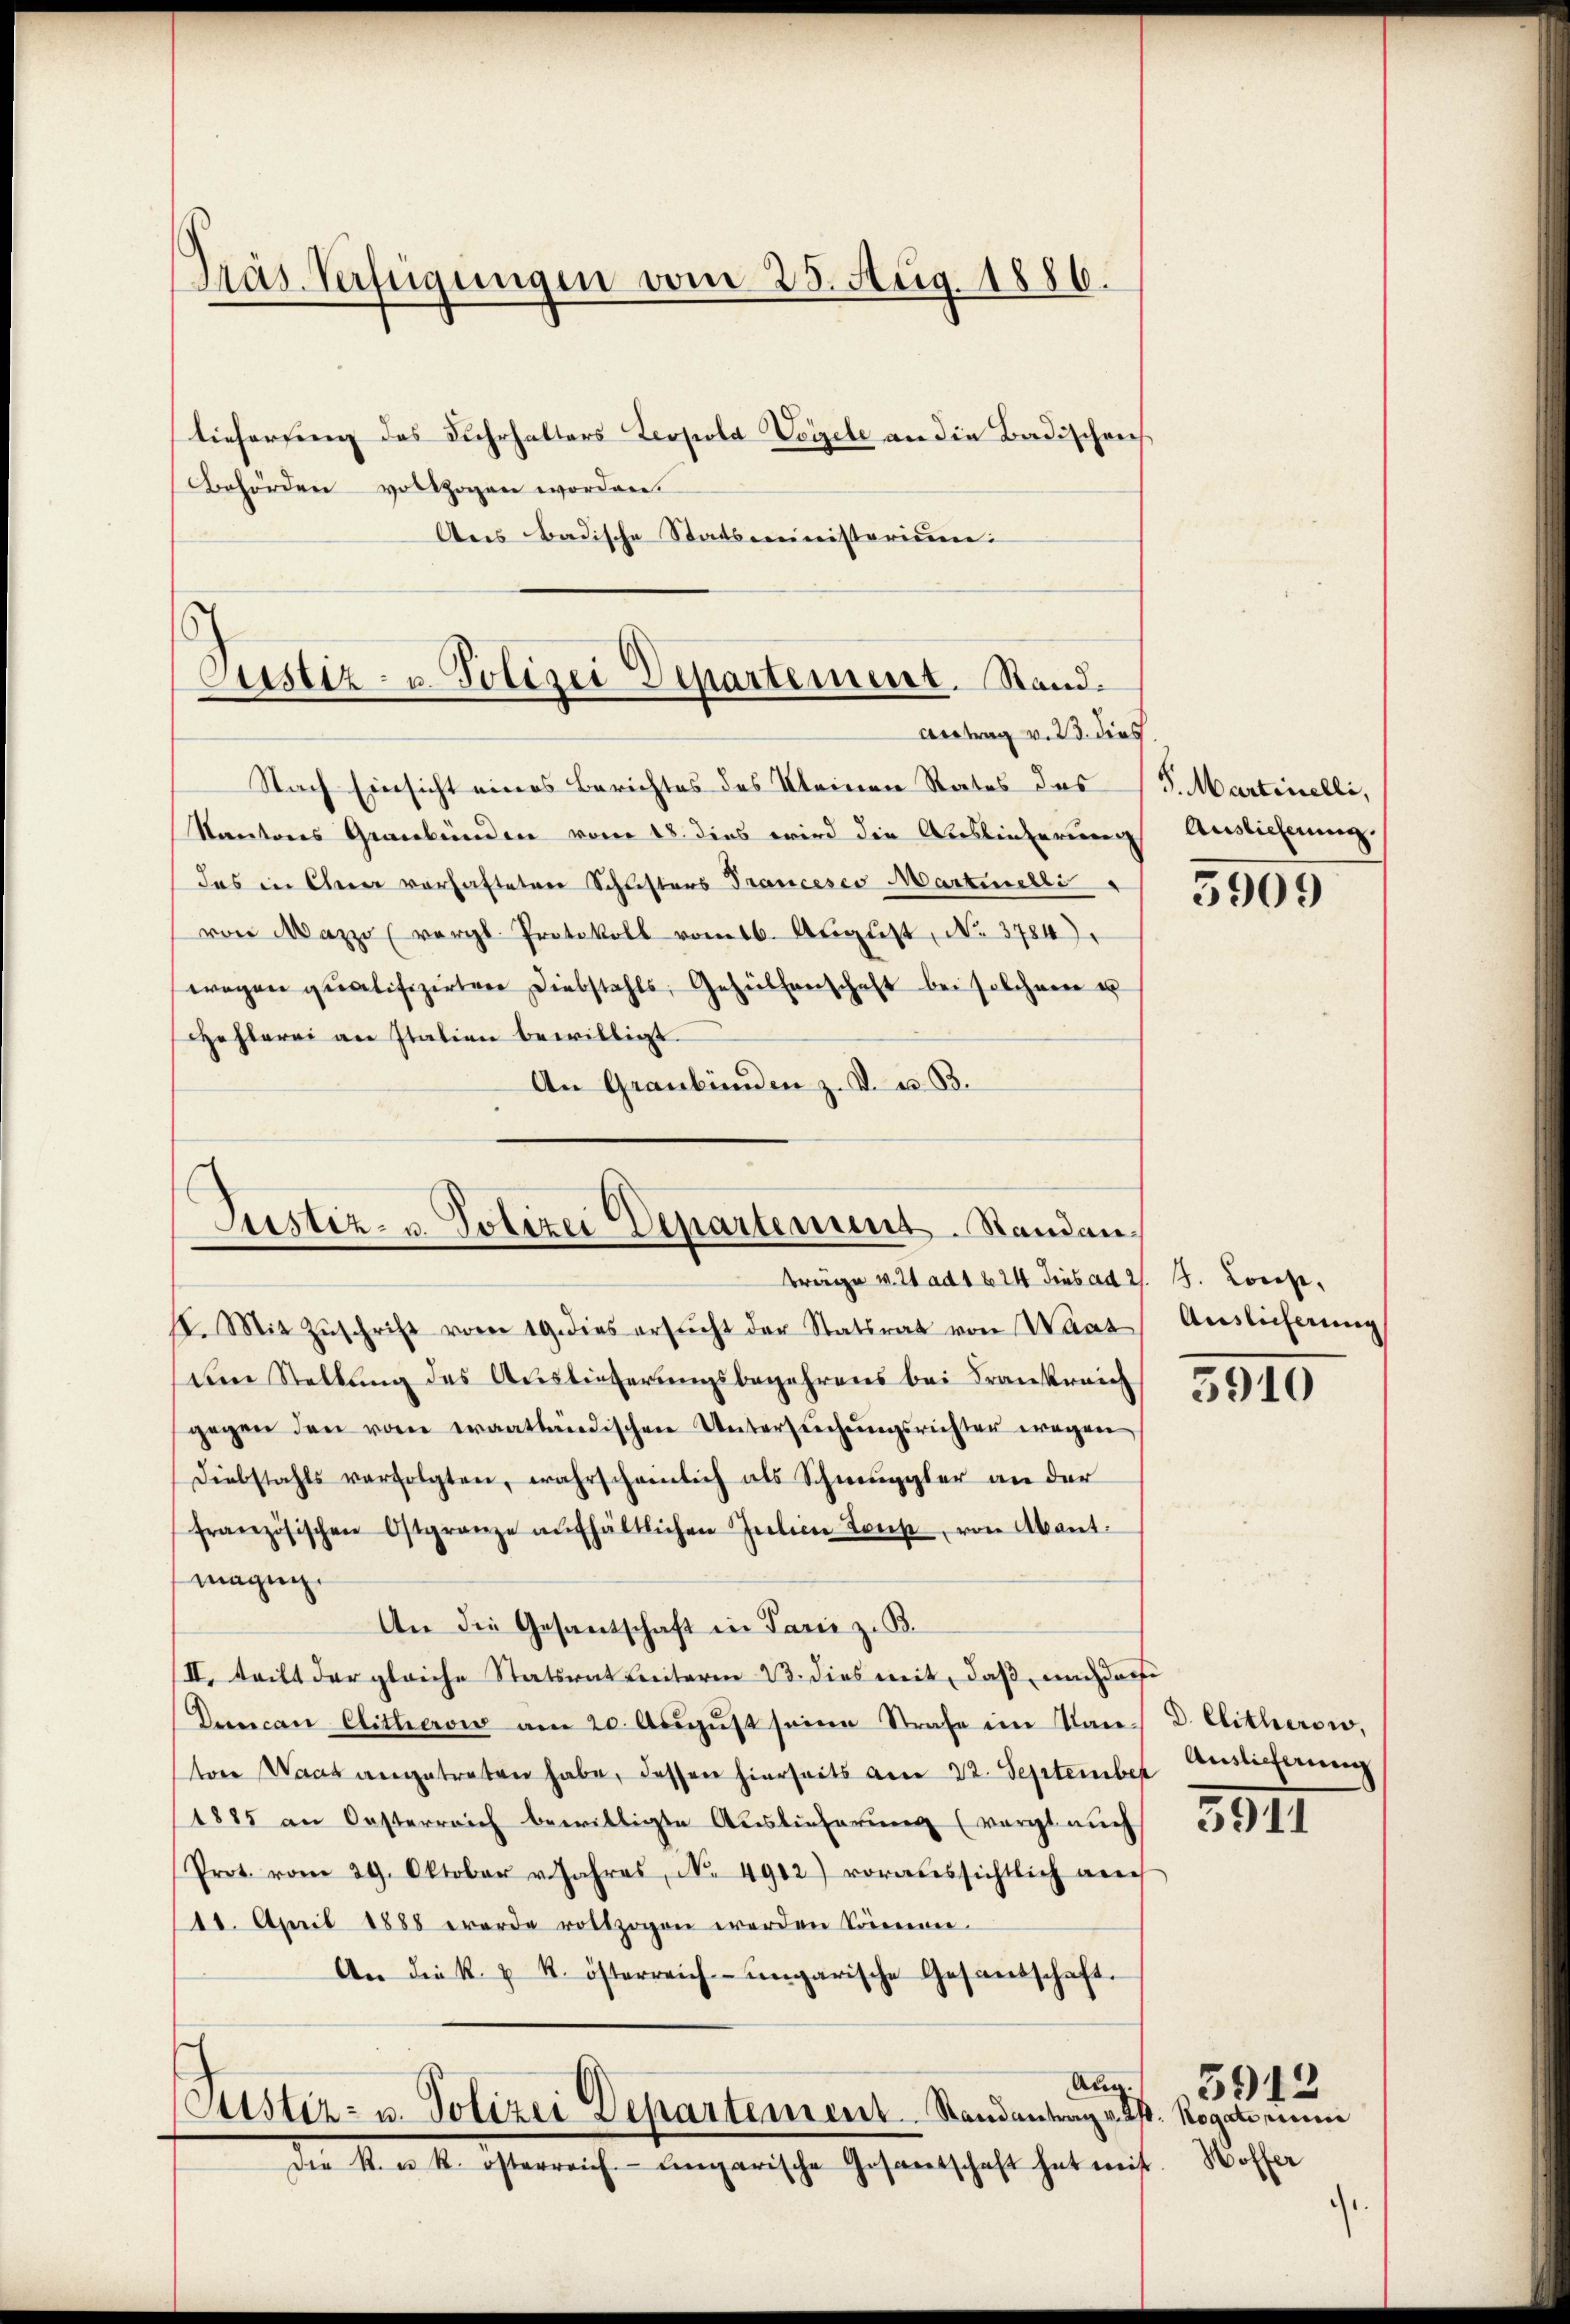
Präs. Verfügungen vom 25. Aug. 1886.

tieferung des Fahrhalters Leopold Vogel an die Badischens
behörden vollzogen worden.
Ans Badische Statsministerium

Nach Einsicht eines Berichtes des Kleinen Rates das
Kantons Graubünden vom 18. dies wird die Auslieferung
das in Eherer vorhafteten Schusters Franceses Martielle
von Mazzo (vergl. Protokoll vom 16. Aŭgŭst No. 3784).
wegen qualifizirten Diebstahls, Gehülfenschaft bei solchern u
Hehlerei an Italien bewilligt.
An Graubünden z. B. u. 33.

Justiz- u. Polizei Departement. Stand¬
Antrag v. 23. dies

Justiz- u. Polizei Departement. Standan
träge v. 21 ad 1624 dies ad 2. 3. Locose,

II. Mit Zŭschrift vom 19. dies ersŭcht der Statsrat von Waar Auslicherŭng
Dem Stellung des Auslieferungsbegehrens bei Frankreich
gegen den vom eraatländischen Untersuchungsrichter wegen
Diebstahls verfolgten, wahrscheinlich als Schmuggler an der
französischen Ostgranze aufhältlichen Julien Konst, von Abant.
magig.
An die Gesandschaft in Paris z. B.
II. Tritt der gleiche Statsrat Leiterm 23. dies mit, daß nach darf
Duncan Clitherois am 20. Aŭgŭst seine Strafe im San. D. Clitherow,
ton Waas angetreten habe, dessen hierseits am 22. September Auslicherung
1885 an Oesterreich bewilligte Auslieferung (vergl. auch
Prot. vom 29. Oktober v. Jahres, No. 4912) voraussichtlich auch
11. April 1888 werde vollzogen werden können.
An die k. u. k. österreich-ungarische Gesandschaft.
Aug.
Justiz- u. Polizei Departement. Randantrag v. 2
Die k. u. k. österreich. Eingarische Gesamtschaft hat mi

S. Martinelli,
Auslieferung

3909

5910

3811

s. Rogatorinne
1. Hoffer

5912